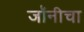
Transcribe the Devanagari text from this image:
जॉनीचा